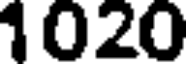
1020